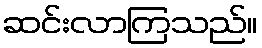
ဆင်းလာကြသည်။